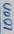
Text: 100n